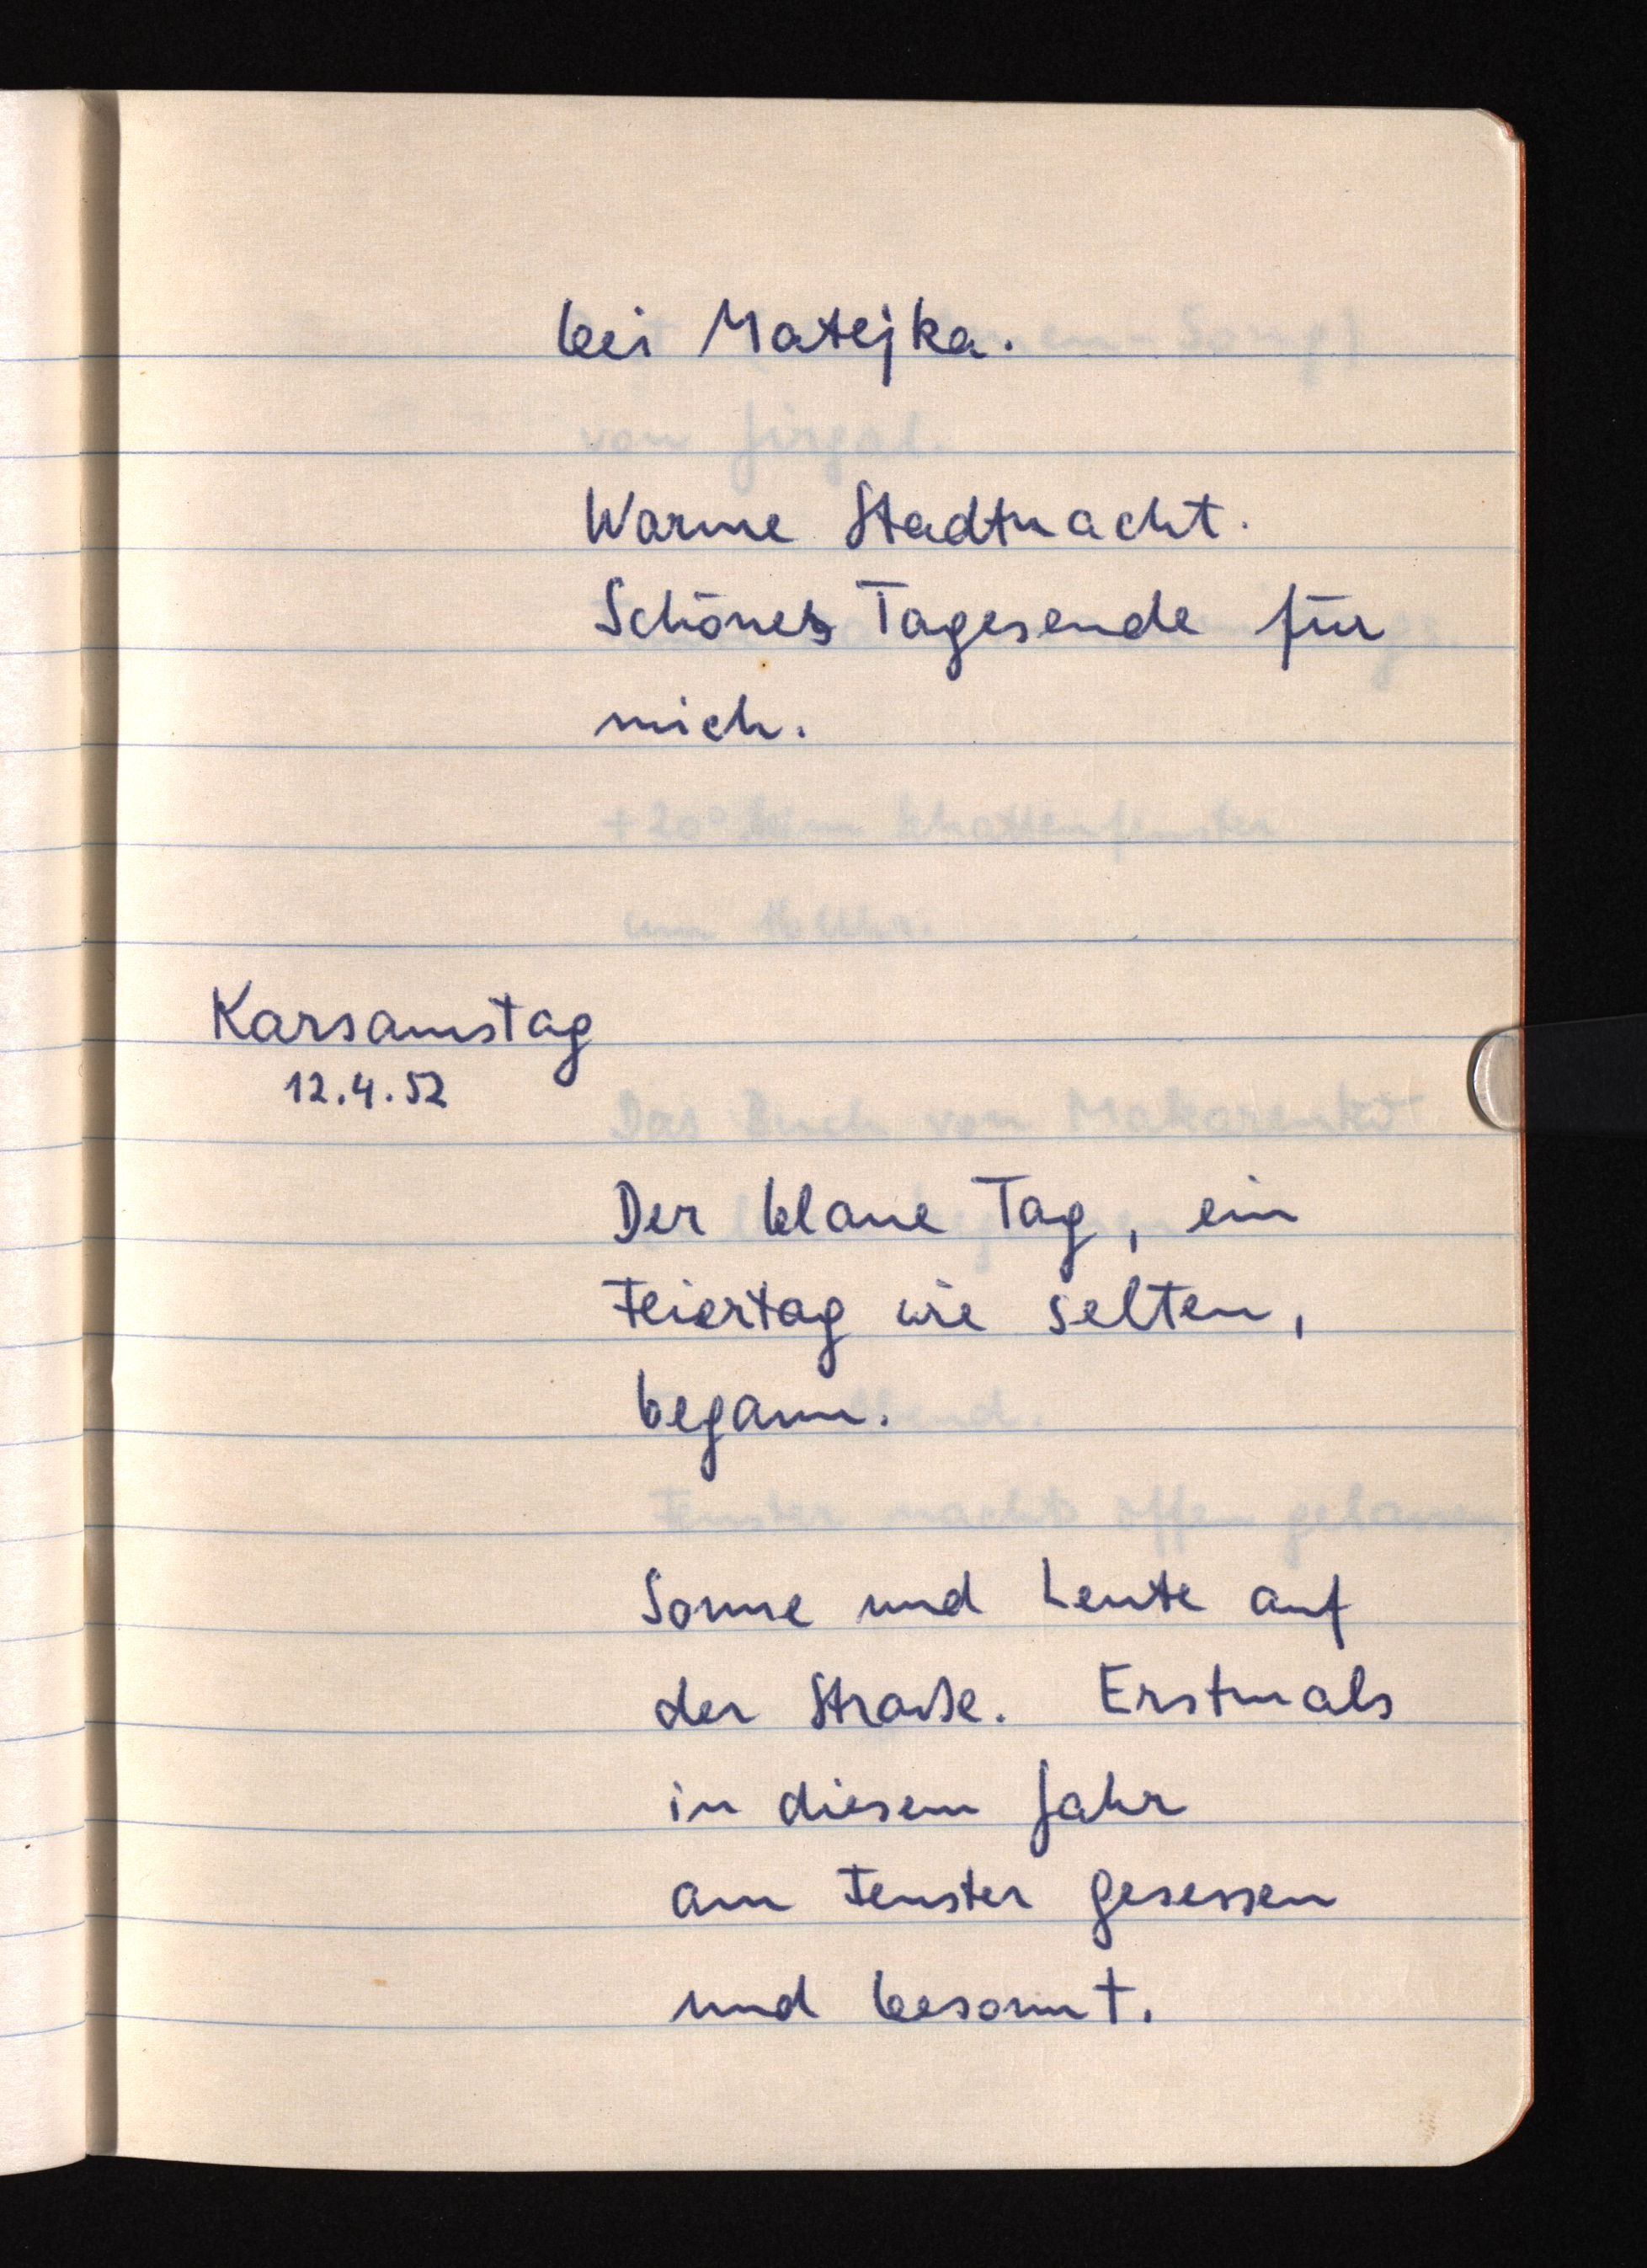
bei Matejka.
Warme Stadtnacht.
Schöners Tagesende für
mich.
Karsamstag
12.4.52
Der blaue Tag, ein
Feiertag wie selten,
begann.
Sonne und Leute auf
der Straße. Erstmals
in diesem Jahr
am Fenster gesessen
und besonnt.